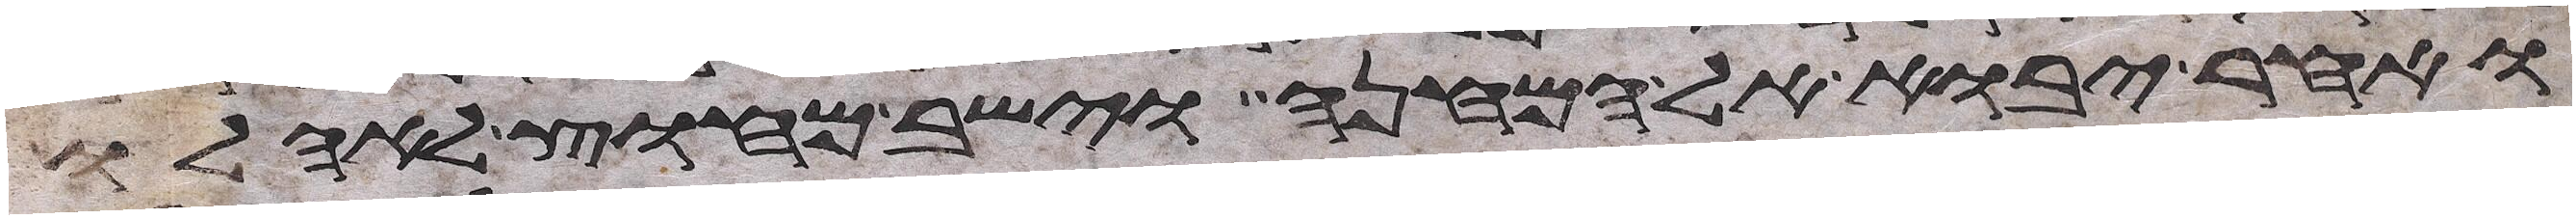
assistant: ואחר יבוא אל המחנה וישב מחוץ לאהלו